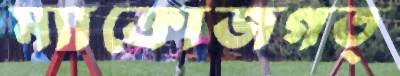
ম্যাক্রোজগত্